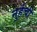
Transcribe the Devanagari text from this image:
नुर्हची